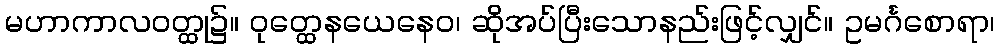
မဟာကာလဝတ္ထု၌။ ဝုတ္ထေနယေနေဝ၊ ဆိုအပ်ပြီးသောနည်းဖြင့်လျှင်။ ဥမင်္ဂစောရာ၊